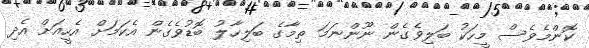
ކޮންމެވެސް މީހަކު ބަލިވެގެން ނޫންނަމަ ތިމާގެ ބަލިހާލު ބޮޑުވެގެން އެކަމަށް އެހީއަށް އެދި